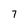
Character: 7